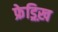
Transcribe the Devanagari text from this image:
फ्रेड्रिख़